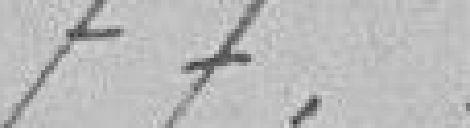
77.